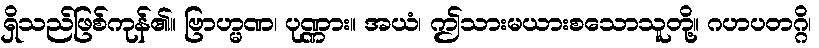
ရှိသည်ဖြစ်ကုန်၏။ ဗြာဟ္မဏ၊ ပုဏ္ဏား။ အယံ၊ ဤသားမယားစသောသူတို့။ ဂဟပတဂ္ဂိ၊